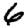
Digit: 6